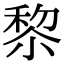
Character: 𥟖